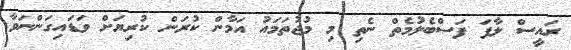
ރައީސް ލާފަ ފަސްބެލުމެތް ނެތި މި މުޖުތަމައު އަމާން ކުރަން ކުރިޔަށް ވަޑައިގަންނަވާ